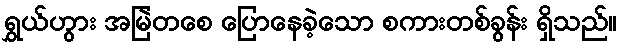
ရွှယ်ဟွား အမြဲတစေ ပြောနေခဲ့သော စကားတစ်ခွန်း ရှိသည်။